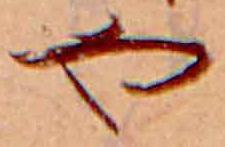
や